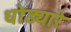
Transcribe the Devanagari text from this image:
धोड्यारे